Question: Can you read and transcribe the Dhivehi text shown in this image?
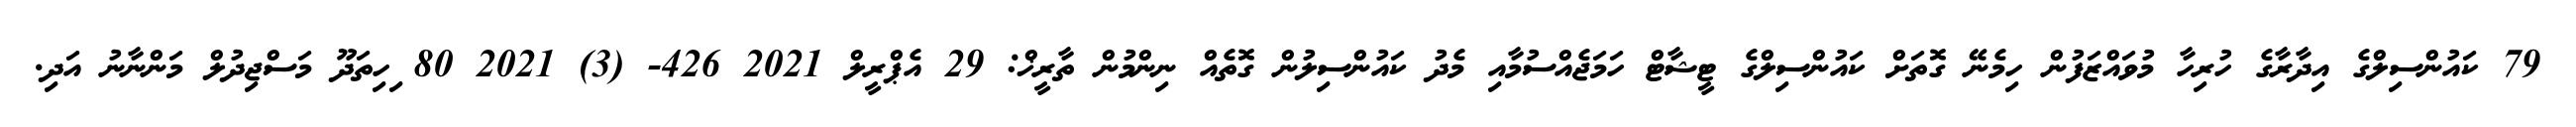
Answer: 79 ކައުންސިލްގެ އިދާރާގެ ހުރިހާ މުވައްޒަފުން ހިމެނޭ ގޮތަށް ކައުންސިލްގެ ޓީޝާޓް ހަމަޖެއްސުމާއި މެދު ކައުންސިލުން ގޮތެއް ނިންމުން ތާރީޚް: 29 އެޕްރީލް 2021 426- (3) 2021 80 ިހިތަދޫ މަސްޖިދުލް މަންނާނު އަދި.